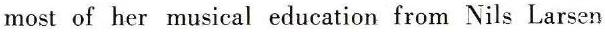
most of her musical education from Nils Larsen